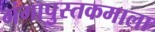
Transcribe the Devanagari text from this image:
गंगापुस्तकमाला